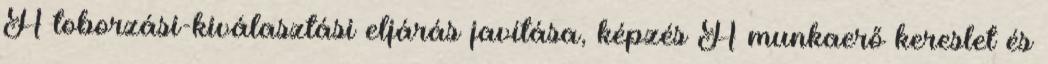
A toborzási-kiválasztási eljárás javítása, képzés A munkaerő kereslet és